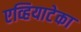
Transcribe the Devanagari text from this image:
एव्हियाटेका